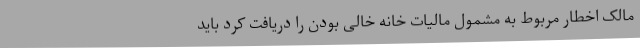
مالک اخطار مربوط به مشمول مالیات خانه خالی بودن را دریافت کرد باید